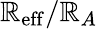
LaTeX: \mathbb{R}_{\mathrm{{eff}}}/\mathbb{R}_{A}